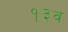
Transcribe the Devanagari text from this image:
१३व